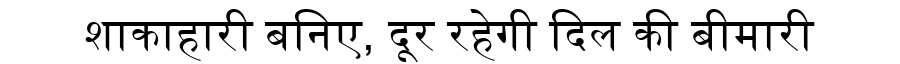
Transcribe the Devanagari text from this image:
शाकाहारी बनिए, दूर रहेगी दिल की बीमारी